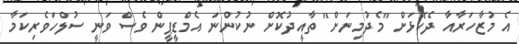
އެ މުޒާހަރާއާ ދެކޮޅަށް "މެދުމިނަށް" ތާއީދުކޮށް ނުކުންނަ އެމްޑީޕީން ވެސް ވަނީ ސުލްހަވެރިކަމާ